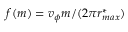
f ( m ) = v _ { \phi } m / ( 2 \pi r _ { m a x } ^ { * } )